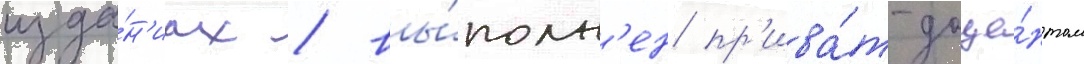
изда́н'иах / вы́полн'ен пр'ива́т-доце́нтом